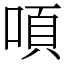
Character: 㖽